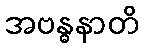
အဗန္ဓနာတိ